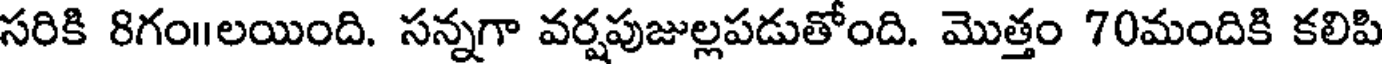
సరికి 8గం॥లయింది. సన్నగా వర్షపుజుల్లపడుతోంది. మొత్తం 70మందికి కలిపి